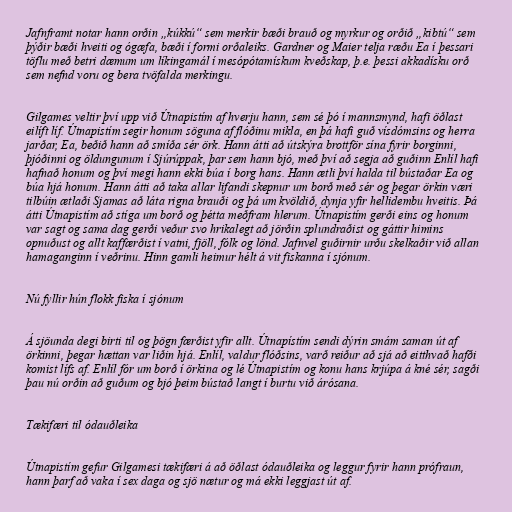
Jafnframt notar hann orðin „kúkkú“ sem merkir bæði brauð og myrkur og orðið „kibtú“ sem
þýðir bæði hveiti og ógæfa, bæði í formi orðaleiks. Gardner og Maier telja ræðu Ea í þessari
töflu með betri dæmum um líkingamál í mesópótamískum kveðskap, þ.e. þessi akkadísku orð
sem nefnd voru og bera tvöfalda merkingu.

Gilgames veltir því upp við Útnapistím af hverju hann, sem sé þó í mannsmynd, hafi öðlast
eilíft líf. Útnapistím segir honum söguna af flóðinu mikla, en þá hafi guð vísdómsins og herra
jarðar, Ea, beðið hann að smíða sér örk. Hann átti að útskýra brottför sína fyrir borginni,
þjóðinni og öldungunum í Sjúrúppak, þar sem hann bjó, með því að segja að guðinn Enlíl hafi
hafnað honum og því megi hann ekki búa í borg hans. Hann ætli því halda til bústaðar Ea og
búa hjá honum. Hann átti að taka allar lifandi skepnur um borð með sér og þegar örkin væri
tilbúin ætlaði Sjamas að láta rigna brauði og þá um kvöldið, dynja yfir hellidembu hveitis. Þá
átti Útnapistím að stíga um borð og þétta meðfram hlerum. Útnapistím gerði eins og honum
var sagt og sama dag gerði veður svo hrikalegt að jörðin splundraðist og gáttir himins
opnuðust og allt kaffærðist í vatni, fjöll, fólk og lönd. Jafnvel guðirnir urðu skelkaðir við allan
hamaganginn í veðrinu. Hinn gamli heimur hélt á vit fiskanna í sjónum.

Nú fyllir hún flokk fiska í sjónum

Á sjöunda degi birti til og þögn færðist yfir allt. Útnapístím sendi dýrin smám saman út af
örkinni, þegar hættan var liðin hjá. Enlíl, valdur flóðsins, varð reiður að sjá að eitthvað hafði
komist lífs af. Enlíl fór um borð í örkina og lé Útnapistím og konu hans krjúpa á kné sér, sagði
þau nú orðin að guðum og bjó þeim bústað langt í burtu við árósana.

Tækifæri til ódauðleika

Útnapistím gefur Gilgamesi tækifæri á að öðlast ódauðleika og leggur fyrir hann prófraun,
hann þarf að vaka í sex daga og sjö nætur og má ekki leggjast út af.